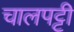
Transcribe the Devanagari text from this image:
चालपट्टी